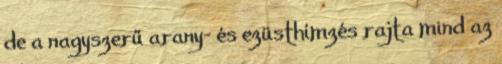
de a nagyszerű arany- és ezüsthímzés rajta mind az